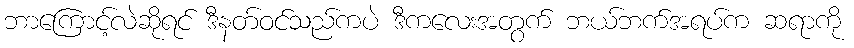
ဘာကြောင့်လဲဆိုရင် ဒီနတ်ဝင်သည်ကပဲ ဒီကလေးအတွက် ဘယ်ဘက်အရပ်က ဆရာကို